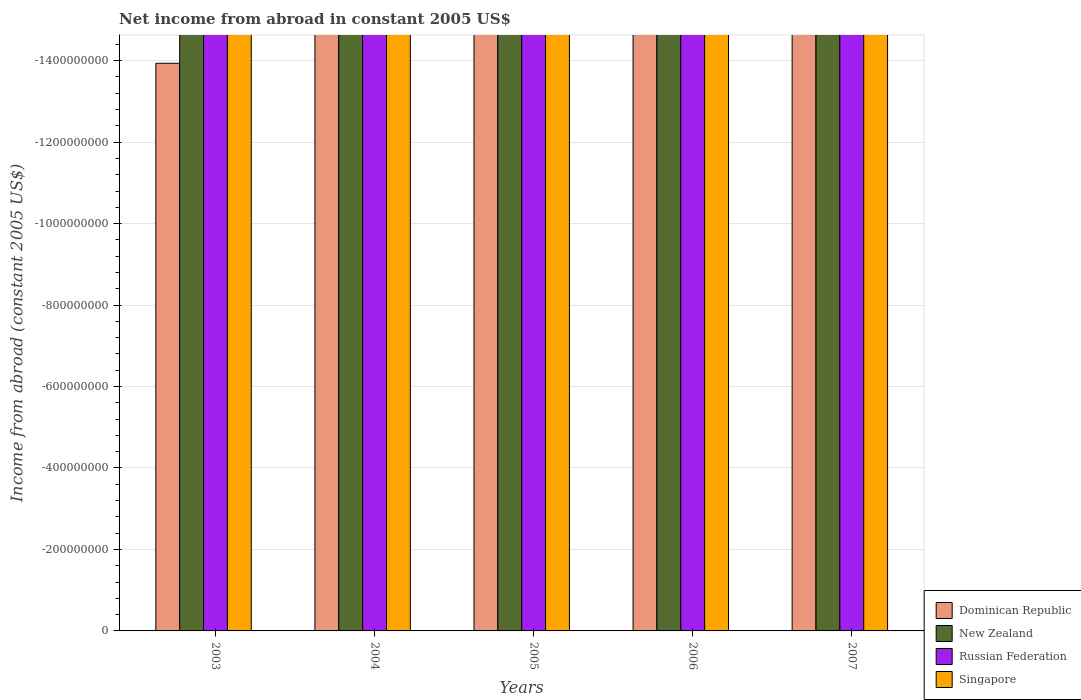
| Years | Dominican Republic | New Zealand | Russian Federation | Singapore |
 | --- | --- | --- | --- | --- |
 | 2003 | -1.39e+09 | -4.19e+09 | -1.32e+10 | -3.36e+09 |
 | 2004 | -1.81e+09 | -5.85e+09 | -1.28e+10 | -8.04e+09 |
 | 2005 | -1.9e+09 | -7.41e+09 | -1.85e+10 | -8.43e+09 |
 | 2006 | -1.85e+09 | -7.49e+09 | -2.88e+10 | -5.25e+09 |
 | 2007 | -2.18e+09 | -9.79e+09 | -2.88e+10 | -5.68e+09 |